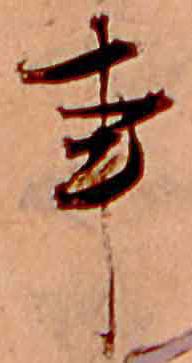
事